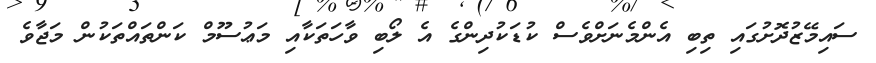
ސައިމޭޒުދޮށުގައި ތިބި އެންމެނަށްވެސް ކުޑަކުދިންގެ އެ ލޯބި ވާހަތަކާއި މަޢުސޫމް ކަންތައްތަކުން މަޖާވެ